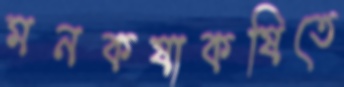
মনকষাকষিতে